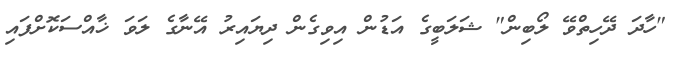
"ހާދަ ދޭހިތްވޭ ލޯބިން" ޝަލަބީގެ އަޑުން އިވިގެން ދިޔައިރު އޭނާގެ ލަވަ ޚާއްސަކޮށްފައި